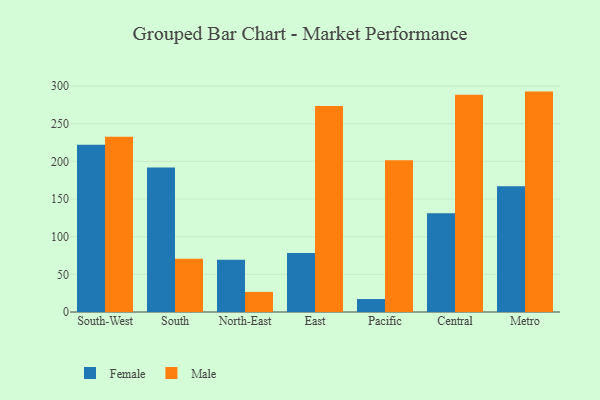
{"axis": {"x": "Region", "y": "Customer Acquisition Cost (USD)"}, "legend": ["Female", "Male"], "data": [{"x": "South-West", "y": 221.9, "type": "Female"}, {"x": "South-West", "y": 232.6, "type": "Male"}, {"x": "South", "y": 192.0, "type": "Female"}, {"x": "South", "y": 70.8, "type": "Male"}, {"x": "North-East", "y": 69.5, "type": "Female"}, {"x": "North-East", "y": 26.7, "type": "Male"}, {"x": "East", "y": 78.4, "type": "Female"}, {"x": "East", "y": 273.5, "type": "Male"}, {"x": "Pacific", "y": 17.2, "type": "Female"}, {"x": "Pacific", "y": 201.3, "type": "Male"}, {"x": "Central", "y": 131.2, "type": "Female"}, {"x": "Central", "y": 288.4, "type": "Male"}, {"x": "Metro", "y": 166.8, "type": "Female"}, {"x": "Metro", "y": 292.6, "type": "Male"}]}